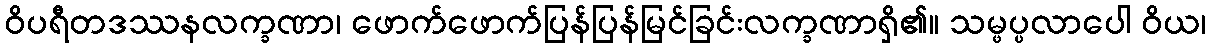
ဝိပရီတဒဿနလက္ခဏာ၊ ဖောက်ဖောက်ပြန်ပြန်မြင်ခြင်းလက္ခဏာရှိ၏။ သမ္ဖပ္ပလာပေါ ဝိယ၊